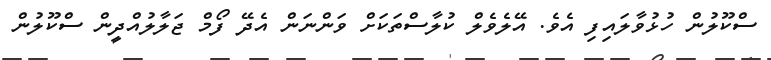
ސްކޫލުން ހުޅުވާލައިފި އެވެ. އޭލެވެލް ކުލާސްތަކަށް ވަންނަން އެދޭ ފޯމް ޖަލާލުއްދީން ސްކޫލުން